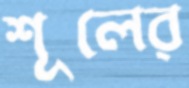
শূলের